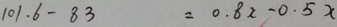
1 0 1 . 6 - 8 3 = 0 . 8 x - 0 . 5 x